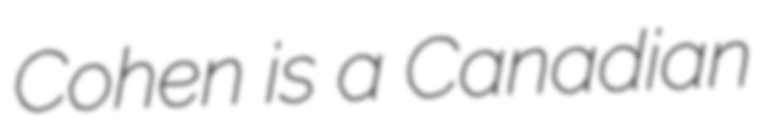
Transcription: Cohen is a Canadian